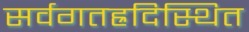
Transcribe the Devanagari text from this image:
सर्वगतह्रदिस्थित